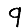
Digit: 9